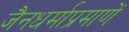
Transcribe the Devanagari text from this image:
जैनधर्माप्रमाणें